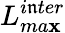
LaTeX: L_{ma\mathbf{x}}^{i\mathfrak{n}ter}